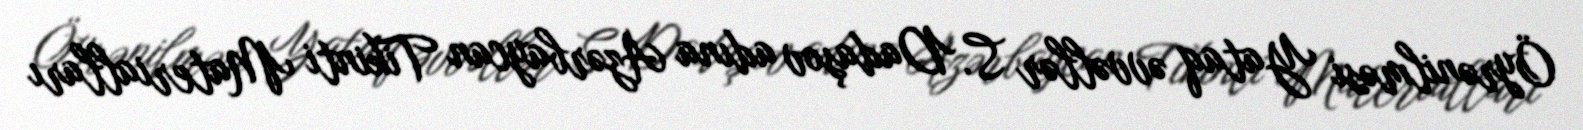
Öyrənilməsi Yataq əvvəllər S. Dadaşov adına Azərbaycan Tikinti Materialları